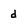
Character: d